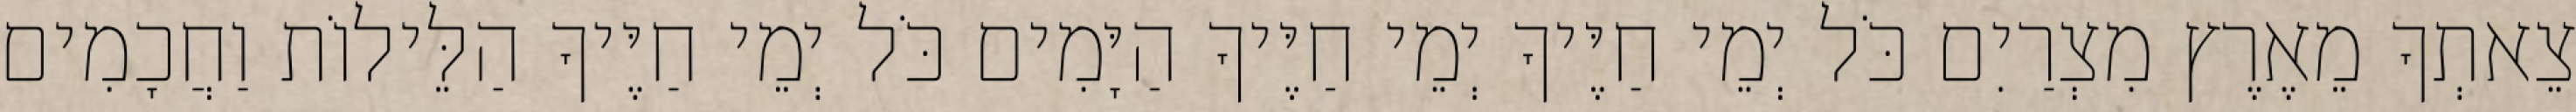
צֵאתְךָ מֵאֶרֶץ מִצְרַיִם כֹּל יְמֵי חַיֶּיךָ יְמֵי חַיֶּיךָ הַיָּמִים כֹּל יְמֵי חַיֶּיךָ הַלֵּילוֹת וַחֲכָמִים